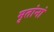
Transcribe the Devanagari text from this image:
मृतांनां